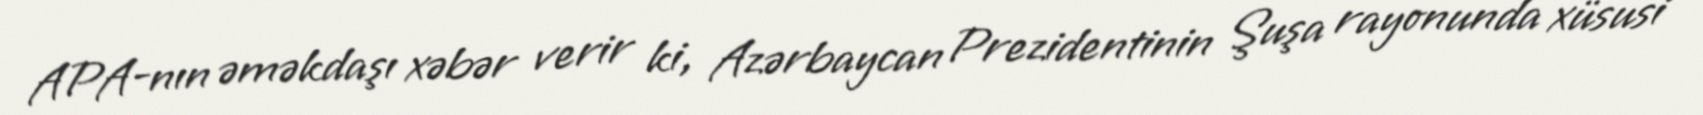
APA-nın əməkdaşı xəbər verir ki, Azərbaycan Prezidentinin Şuşa rayonunda xüsusi